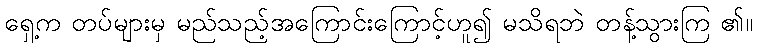
ရှေ့က တပ်များမှ မည်သည့်အကြောင်းကြောင့်ဟူ၍ မသိရဘဲ တန့်သွားကြ ၏။